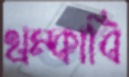
থম্‌কাবি